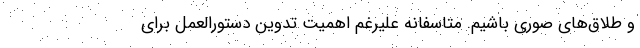
و طلاق‌های صوری باشیم. متاسفانه علیرغم اهمیت تدوین دستورالعمل برای